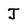
Character: J